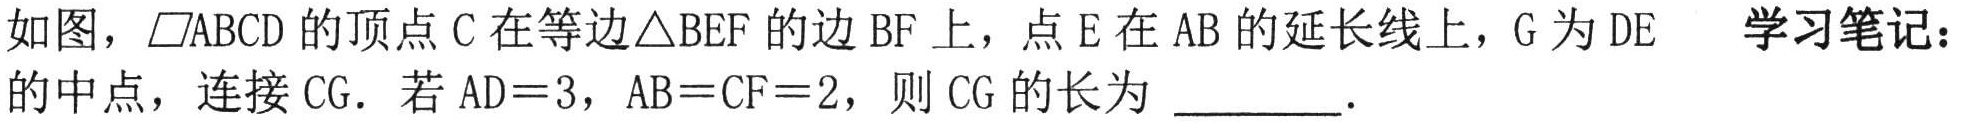
如图，$\parallelogram ABCD$的顶点$C$在等边$\triangle BEF$的边$BF$上，点$E$在$AB$的延长线上，$G$为$DE$的中点，连接$CG$．若$AD = 3$，$AB = CF = 2$，则$CG$的长为  ．